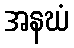
အနဃံ